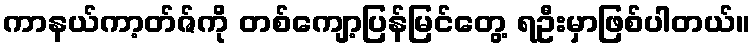
ကာနယ်ကာ့တ်ဇ်ကို တစ်ကျော့ပြန်မြင်တွေ့ ရဦးမှာဖြစ်ပါတယ်။